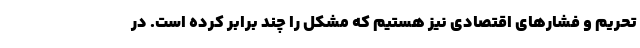
تحریم و فشارهای اقتصادی نیز هستیم که مشکل را چند برابر کرده است. در